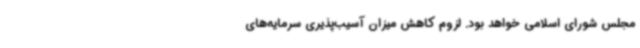
مجلس شورای اسلامی خواهد بود. لزوم کاهش میزان آسیب‌پذیری سرمایه‌های